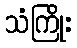
သံကြိုး